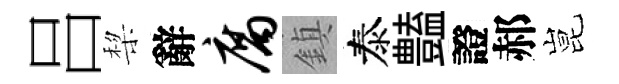
吕棃辭腐鎮泰𧰟證郝昆